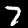
Digit: 7